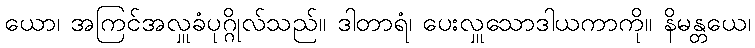
ယော၊ အကြင်အလှူခံပုဂ္ဂိုလ်သည်။ ဒါတာရံ၊ ပေးလှူသောဒါယကာကို။ နိမန္တယေ၊